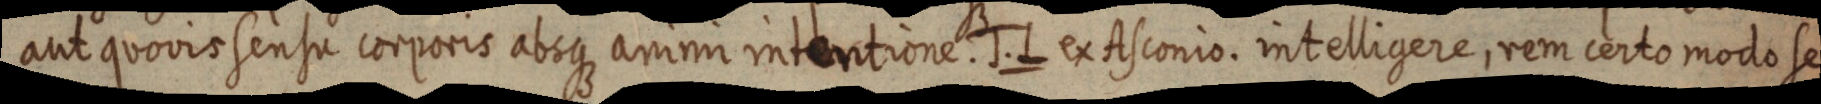
aut quovis sensu corporis absque animi intentione. J. L ex Asconio. intelligere, rem certo modo se